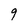
Character: 9